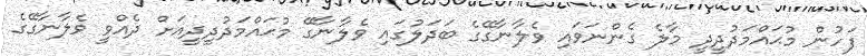
ފަހުން މުޙައްމަދުދީދީ މާލެ ގެންނަވައި ވެލާނާގޭގެ ބަދަލުގައި ވެލާނާގޭ މުޙައްމަދުދީދީއަށް ދެއްވީ ވެލާނާގޭގެ